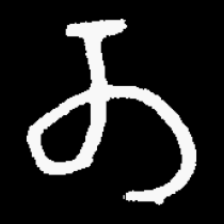
Pyu character \u2014 Myanmar letter: တ (romanized: ta)